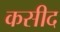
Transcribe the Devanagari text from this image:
कसीद